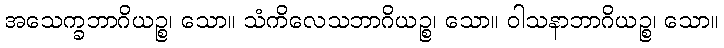
အသေက္ခဘာဂိယဉ္စ၊ သော။ သံကိလေသဘာဂိယဉ္စ၊ သော။ ဝါသနာဘာဂိယဉ္စ၊ သော။